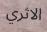
الاثري